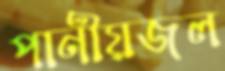
পানীয়জল